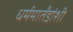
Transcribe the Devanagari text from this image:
धर्ममार्तंडांशी